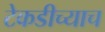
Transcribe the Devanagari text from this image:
टेकडीच्याच